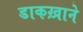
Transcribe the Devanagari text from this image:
डाकख़ाने